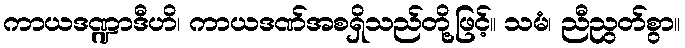
ကာယဒဏ္ဍာဒီဟိ၊ ကာယဒဏ်အစရှိသည်တို့ဖြင့်။ သမံ၊ ညီညွတ်စွာ။